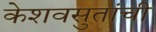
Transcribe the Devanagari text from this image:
केशवसुतांची